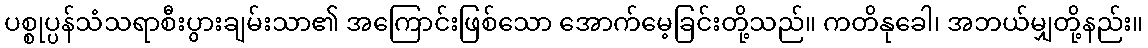
ပစ္စုပ္ပန်သံသရာစီးပွားချမ်းသာ၏ အကြောင်းဖြစ်သော အောက်မေ့ခြင်းတို့သည်။ ကတိနုခေါ၊ အဘယ်မျှတို့နည်း။